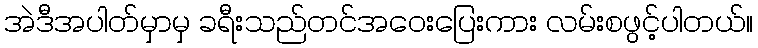
အဲဒီအပါတ်မှာမှ ခရီးသည်တင်အဝေးပြေးကား လမ်းစဖွင့်ပါတယ်။